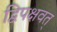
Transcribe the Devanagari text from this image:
द्विपक्षवत्‌